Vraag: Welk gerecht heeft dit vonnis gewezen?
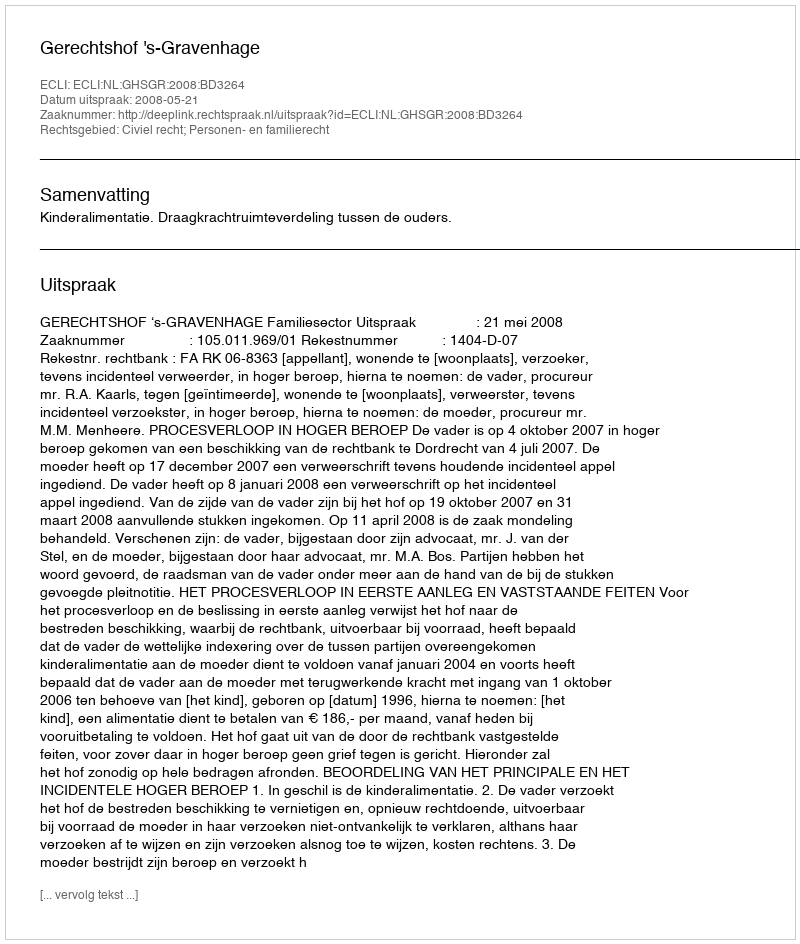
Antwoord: Gerechtshof 's-Gravenhage